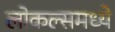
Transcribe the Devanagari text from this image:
लोकल्समध्ये